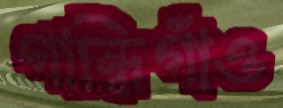
গান্ধিগাঁও